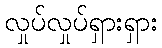
လှုပ်လှုပ်ရှားရှား